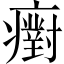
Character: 𤻫